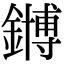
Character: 𫓆